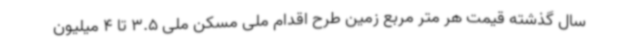
سال گذشته قیمت هر متر مربع زمین طرح اقدام ملی مسکن ملی 3.5 تا 4 میلیون